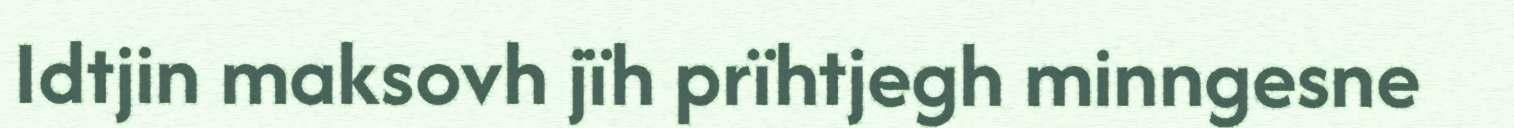
Idtjin maksovh jïh prïhtjegh minngesne